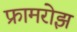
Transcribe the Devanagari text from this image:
फ्रामरोझ